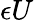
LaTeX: \epsilon U